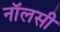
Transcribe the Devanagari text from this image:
नॉलसी